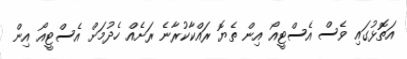
އަތޮޅުގައި ވެސް އެސްޓީއޯ އިން ތެޔޮ ރައްކާކުރާނެ ރަށެއް ހެދުމަށް އެސްޓީއޯ އިން